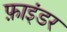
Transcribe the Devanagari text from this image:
फ़ाइंडर